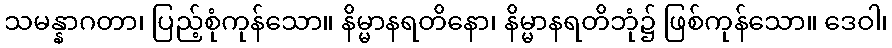
သမန္နာဂတာ၊ ပြည့်စုံကုန်သော။ နိမ္မာနရတိနော၊ နိမ္မာနရတိဘုံ၌ ဖြစ်ကုန်သော။ ဒေဝါ၊